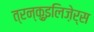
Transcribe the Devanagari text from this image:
त्रन्क़ुइलिज़ेर्स